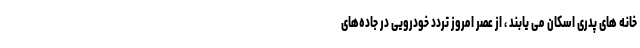
خانه های پدری اسکان می یابند ، از عصر امروز تردد خودرویی در جاده‌های